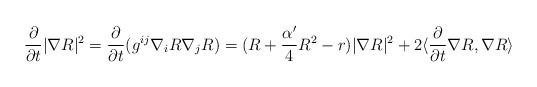
LaTeX: \begin{align*}\frac{\partial}{\partial t}|\nabla R|^2=\frac{\partial}{\partial t}(g^{ij}\nabla_iR\nabla_jR) =(R+\frac{\alpha'}{4}R^2-r)|\nabla R|^2 +2\langle\frac{\partial}{\partial t}\nabla R,\nabla R\rangle\end{align*}